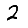
Digit: 2